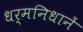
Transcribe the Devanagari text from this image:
धर्मनिधानें